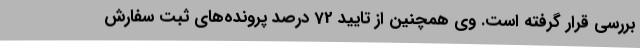
بررسی قرار گرفته است. وی همچنین از تایید 72 درصد پرونده‌های ثبت سفارش